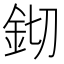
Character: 𨥔